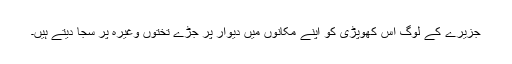
جزیرے کے لوگ اس کھوپڑی کو اپنے مکانوں میں دیوار پر جڑے تختوں وغیرہ پر سجا دیتے ہیں۔